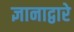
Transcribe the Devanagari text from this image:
ज्ञानाद्वारे